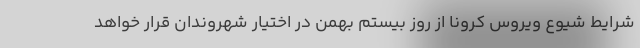
شرایط شیوع ویروس کرونا از روز بیستم بهمن در اختیار شهروندان قرار خواهد